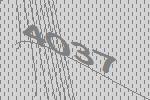
4037